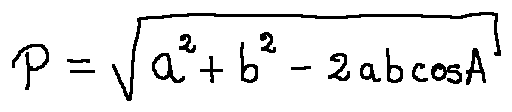
p = \sqrt { a ^ { 2 } + b ^ { 2 } - 2 a b \cos A }